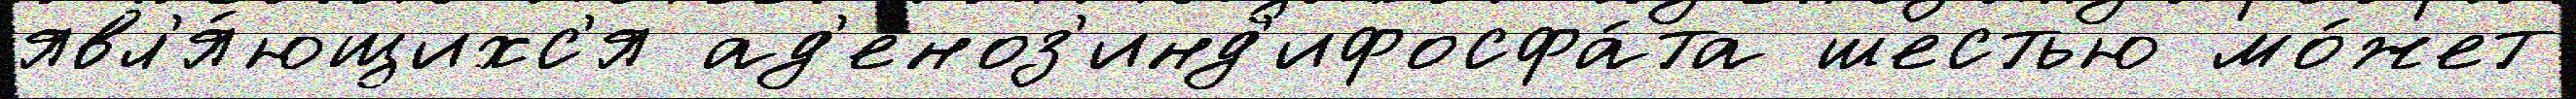
явл'я́ющихс'я ад'еноз'инд'ифосфа́та шестью мо́жет